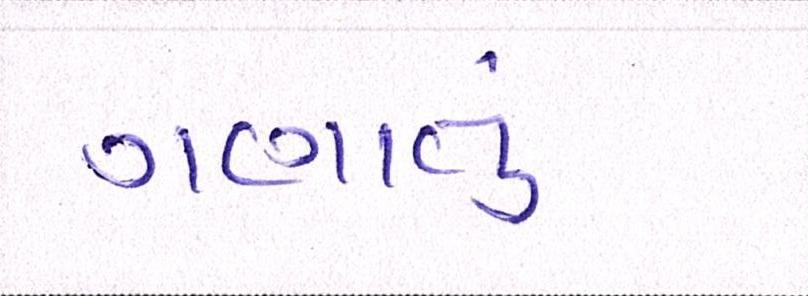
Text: ગણાતું